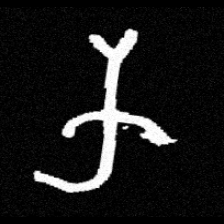
Pyu character \u2014 Myanmar letter: က (romanized: ka)